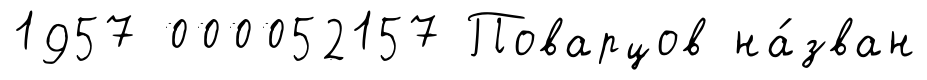
1957 000052157 Поварцов на́зван